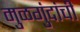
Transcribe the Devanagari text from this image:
मुळगुंदांची